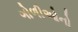
ગોળીઓનો